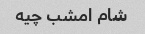
شام امشب چیه